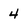
Character: 4